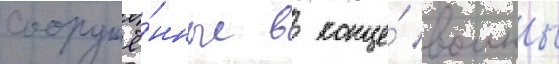
сооружё́нные в конце́ воины